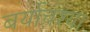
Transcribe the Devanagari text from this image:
बर्याचश्या